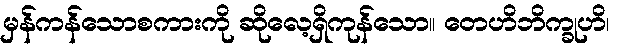
မှန်ကန်သောစကားကို ဆိုလေ့ရှိကုန်သော။ တေဟိဘိက္ခုဟိ၊